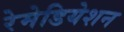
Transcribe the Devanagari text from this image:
रेमेडियेशन